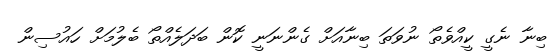
ބިނާ ނެގީ ކީއްވެތޯ ނުވަތަ ބިނާއަށް ގެންނަނީ ކޮން ބަދަލެއްތޯ ބެލުމަށް ހައުސިން